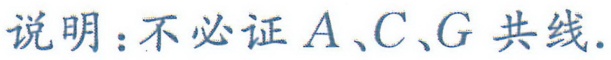
说明：不必证\(A、C、G\)共线.